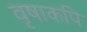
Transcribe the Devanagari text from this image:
वृषाकपि